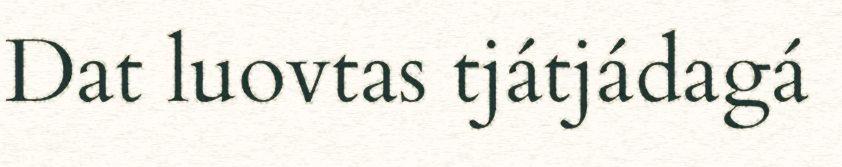
Dat luovtas tjátjádagá